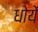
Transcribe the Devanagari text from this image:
धोयें